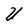
Character: U